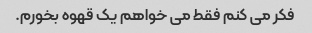
فکر می کنم فقط می خواهم یک قهوه بخورم.